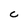
Character: C